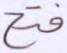
فتح